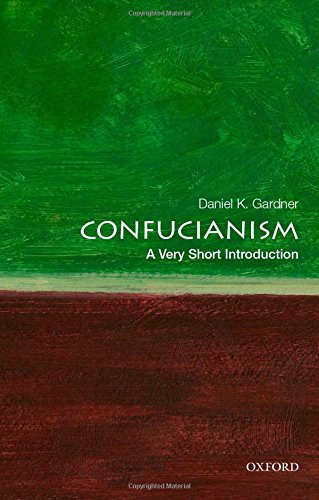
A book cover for Confucianism: A Very Short Introduction (Very Short Introductions); Daniel K. Gardner; Religion & Spirituality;